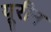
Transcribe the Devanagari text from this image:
यूरीन